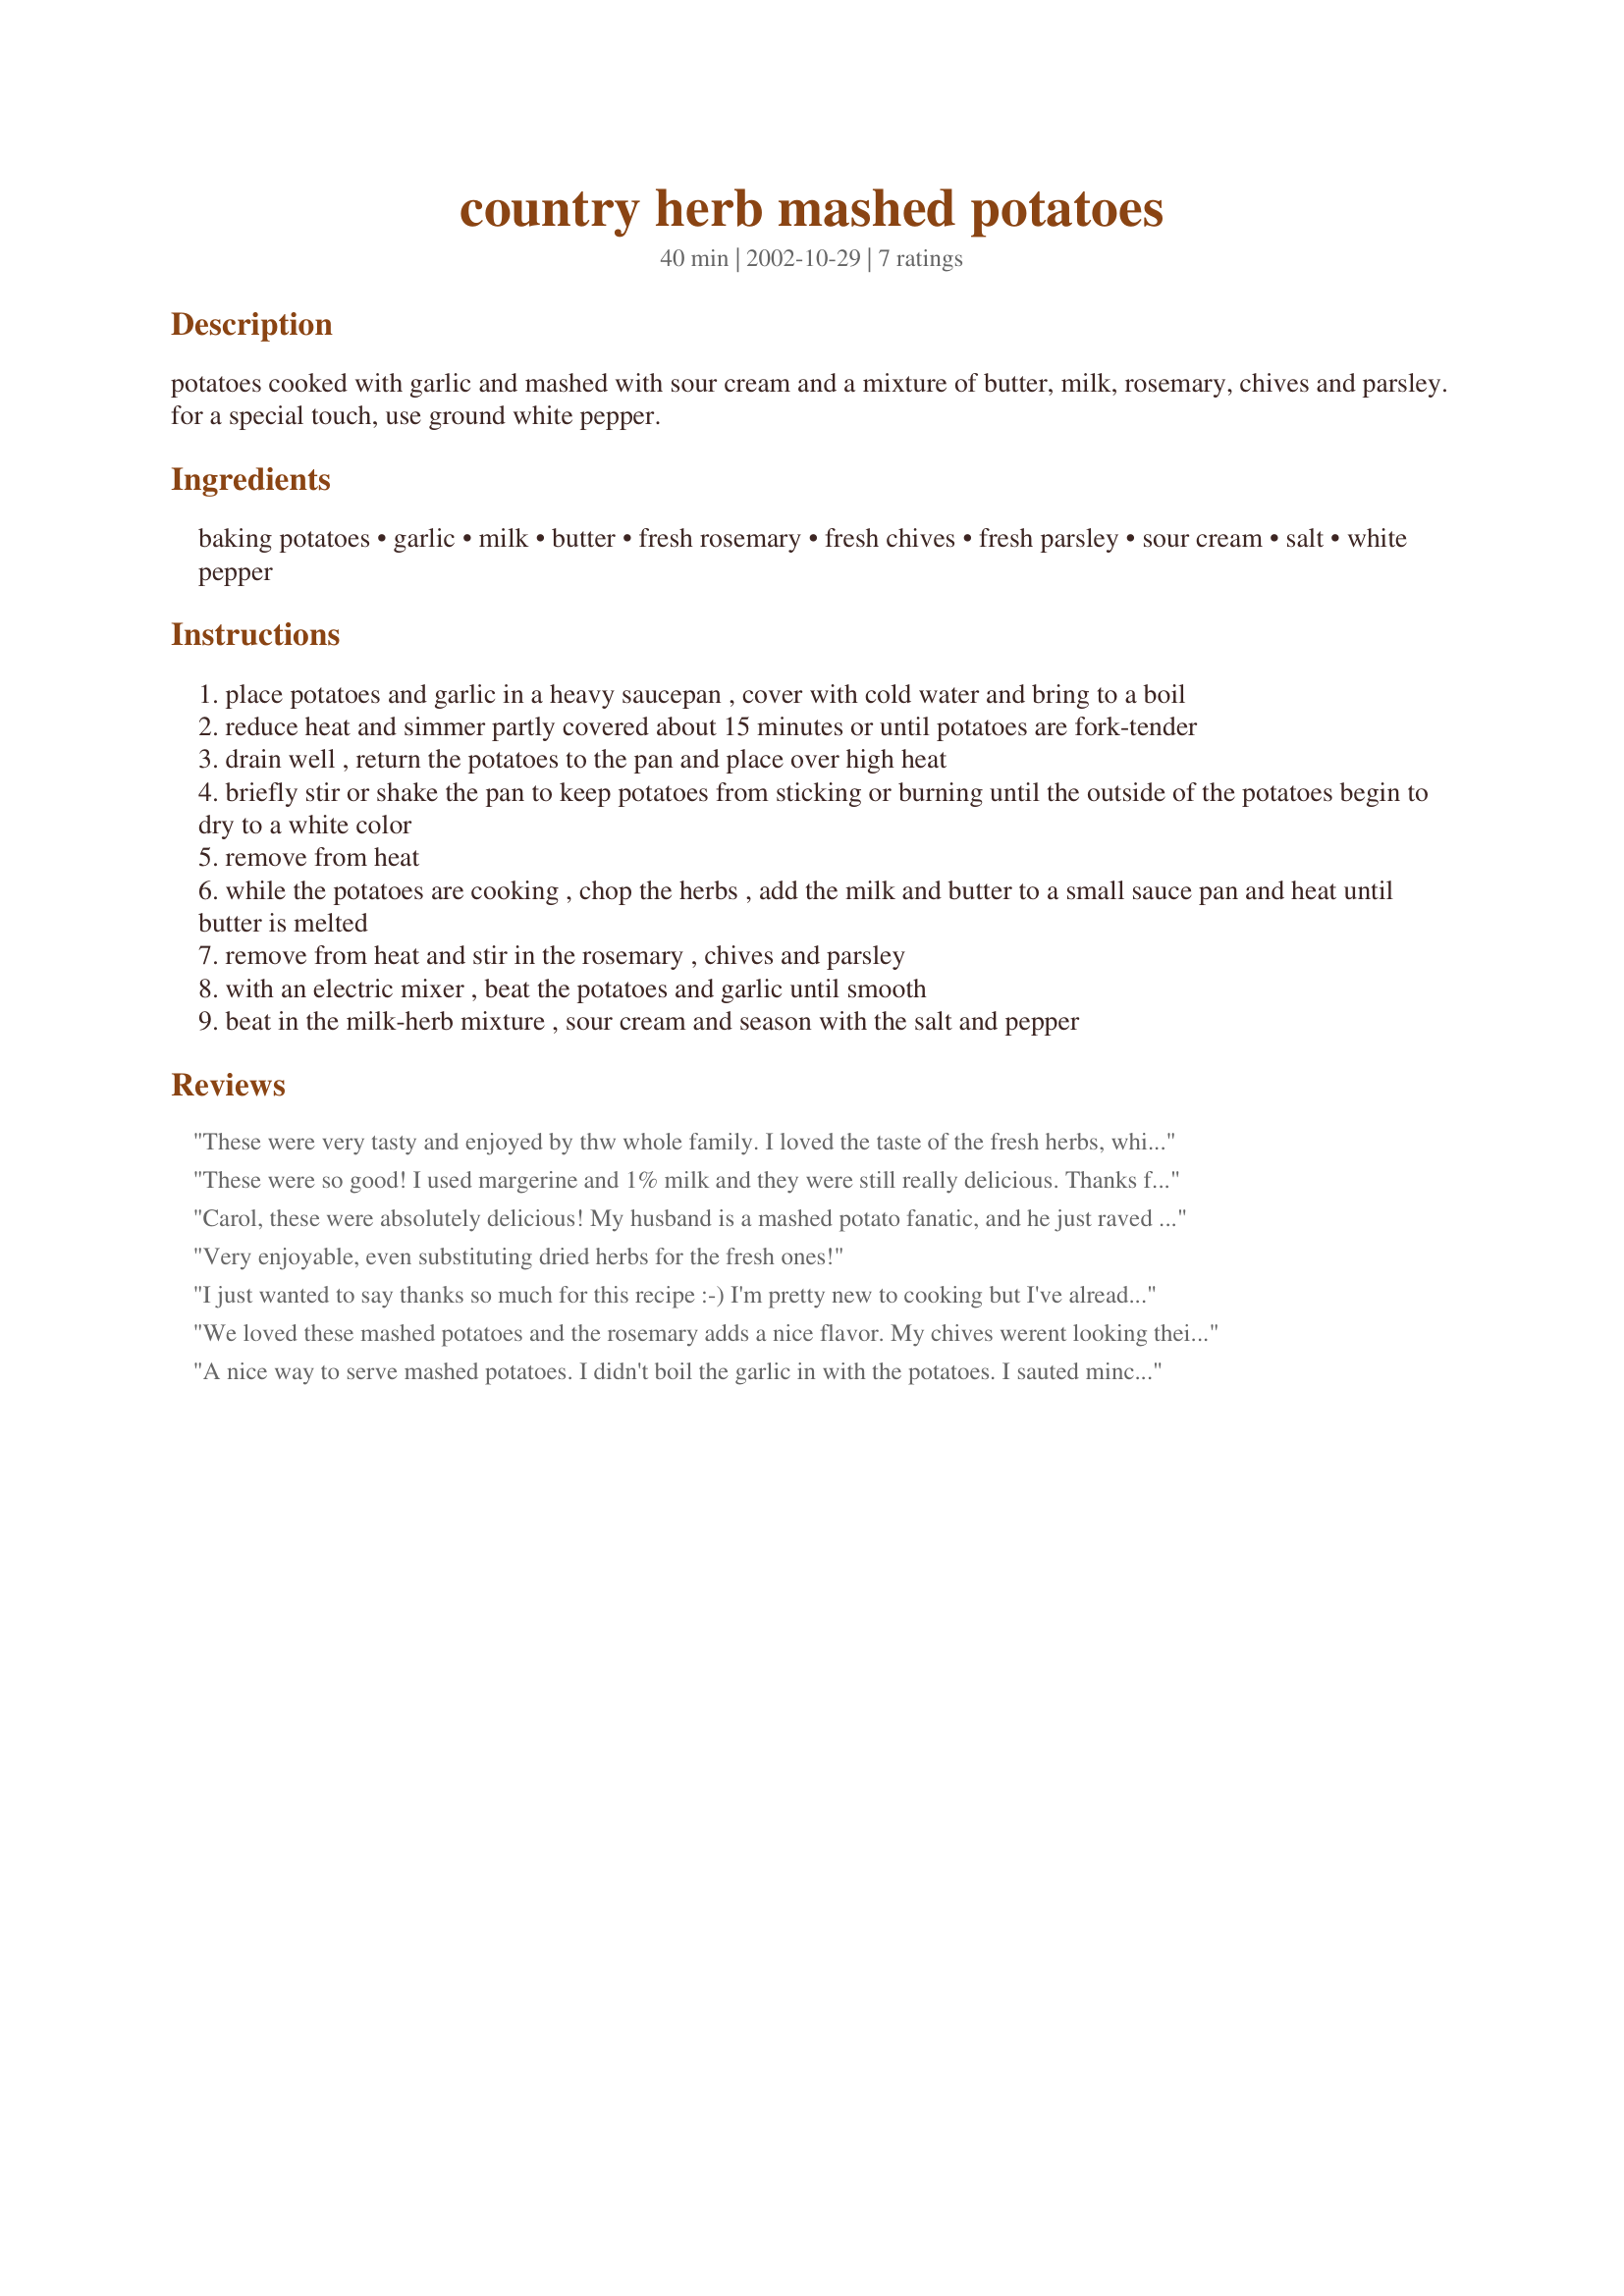
country herb mashed potatoes
Preparation time: 40 minutes

potatoes cooked with garlic and mashed with sour cream and a mixture of butter, milk, rosemary, chives and parsley. for a special touch, use ground white pepper.

Ingredients:
baking potatoes, garlic, milk, butter, fresh rosemary, fresh chives, fresh parsley, sour cream, salt, white pepper

Steps:
place potatoes and garlic in a heavy saucepan , cover with cold water and bring to a boil
reduce heat and simmer partly covered about 15 minutes or until potatoes are fork-tender
drain well , return the potatoes to the pan and place over high heat
briefly stir or shake the pan to keep potatoes from sticking or burning until the outside of the potatoes begin to dry to a white color
remove from heat
while the potatoes are cooking , chop the herbs , add the milk and butter to a small sauce pan and heat until butter is melted
remove from heat and stir in the rosemary , chives and parsley
with an electric mixer , beat the potatoes and garlic until smooth
beat in the milk-herb mixture , sour cream and season with the salt and pepper

Reviews:
These were very tasty and enjoyed by thw whole family. I loved the taste of the fresh herbs, which added a unique flavor and also made the mashed potatoes look attractive. The directions were also clear and accurate. Thanks for a delcious new way to perk up mashed potatoes.
These were so good! I used margerine and 1% milk and they were still really delicious. Thanks for the recipe!
Carol, these were absolutely delicious! My husband is a mashed potato fanatic, and he just raved over these! I will definately be making these again! I did only use 2 cloves garlic cause DH told me he doesn't like garlic. He doesn't even realize I use it all the time! Thanks for a keeper!
Very enjoyable, even substituting dried herbs for the fresh ones!
I just wanted to say thanks so much for this recipe :-) I'm pretty new to cooking but I've already used this a number of times, my fiance just loves them :-)
We loved these mashed potatoes and the rosemary adds a nice flavor. My chives werent looking their best so I subbed onion powder. The garlic smells so good while cooking with the potatoes. I didnt have white pepper so I used black pepper. These potatoes are very nice for a family meal but would be extra special for a dinner party too. Will be making these again! Made and reviewed for Lorac's Cookathon - see you soon hon!
A nice way to serve mashed potatoes. I didn't boil the garlic in with the potatoes. I sauted minced garlic in the butter and only used three garlic heads. I also added 3 ounces of low-fat cream cheese which makes the potatoes even fluffier.
